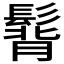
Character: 𩭿